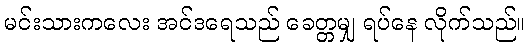
မင်းသားကလေး အင်ဒရေသည် ခေတ္တမျှ ရပ်နေ လိုက်သည်။